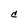
Character: C